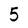
Character: 5